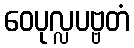
ဝေပုလ္လပဗ္ဗတံ